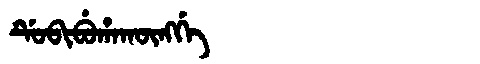
Manchu: ᡩᡠᠪᡳᠪᡠᡥᠠᡴᡡᠩᡤᡝ
Romanization: DUBIBUHAKŪNGGE